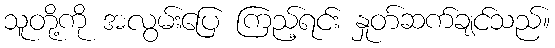
သူတို့ကို အလွမ်းပြေ ကြည့်ရင်း နှုတ်ဆက်ချင်သည်။